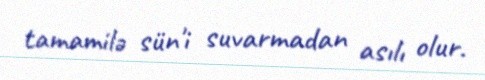
tamamilə sün'i suvarmadan asılı olur.